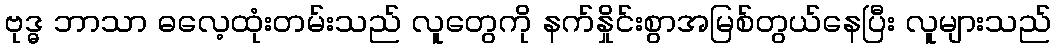
ဗုဒ္ဓ ဘာသာ ဓလေ့ထုံးတမ်းသည် လူတွေကို နက်နှိုင်းစွာအမြစ်တွယ်နေပြီး လူများသည်